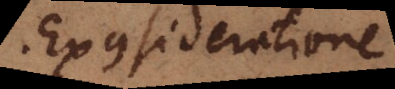
. Ex consideratione